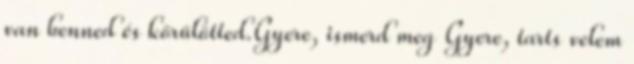
van benned és körülötted.Gyere, ismerd meg Gyere, tarts velem